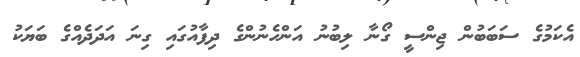
އެކަމުގެ ސަބަބުން ޖިންސީ ގޯނާ ލިބުނު އަންހެނުންގެ ދިފާއުގައި ގިނަ އަދަދެއްގެ ބަޔަކު